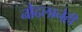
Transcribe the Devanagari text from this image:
नौदलानेही